Medical and sanitary report of the native army of Bengal for the year
Year: 1878
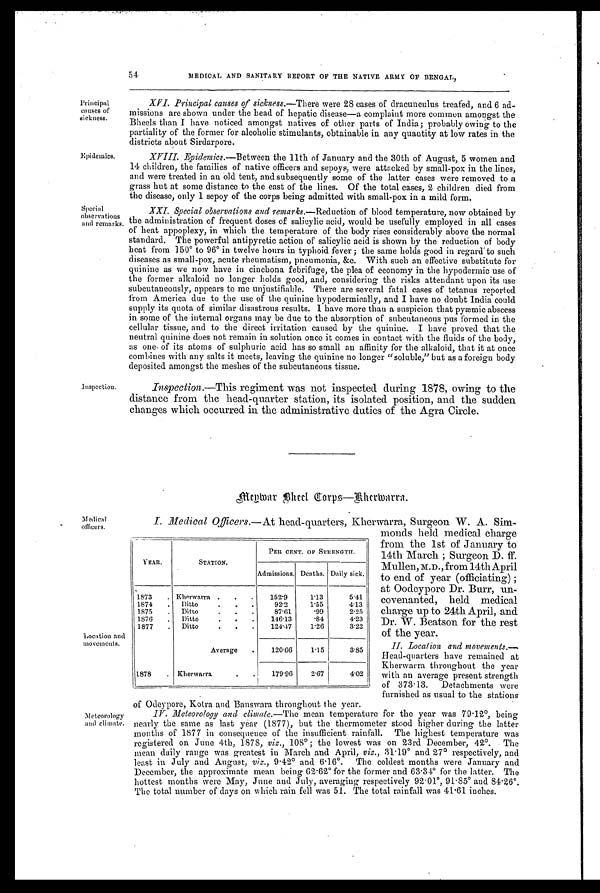
Medical
officers.
Location and
movements.
54
MEDICAL AND SANITARY REPORT OF THE NATIVE ARMY OF BENGAL,
Principal
causes of
sickness.
Epidemics.
Special
observations
and remarks
Inspection.
XV1. Principal causes of sickness.—There were 28 cases of dracunculus treafed, and 6 ad-
missions are shown under the head of hepatic disease—a complaint more common amongst the
Bheels than I have noticed amongst natives of other parts of India; probably owing to the
partiality of the former for alcoholic stimulants, obtainable in any quantity at low rates in the
districts about Sirdarpore.
XVIII. Epidemics. —Between the 11th of January and the 30th of August, 5 women and
14 children, the families of native officers .and sepoys, were attacked by small-pox in the lines,
and were treated in an old tent, and subsequently some of the latter cases were removed to a
grass hut at some distance to the east of the lines. Of the total cases, 2 children died from
the disease, only 1 sepoy of the corps being admitted with small-pox in a mild form.
XXI. Special observations and remarks. —Reduction of blood temperature, now obtained by
the administration of frequent doses of salicylic acid, would be usefully employed in all cases
of heat appoplexy, in which the temperature of the body rises considerably above the normal
standard. The powerful antipyretic action of salicylic acid is shown by the reduction of body
heat from 150° to 96° in twelve hours in typhoid fever ; the same holds good in regard' to such
diseases as small-pox, acute rheumatism, pneumonia, &c. With such an effective substitute for
quinine as we now have in cinchona febrifuge, the plea of economy in the hypodermic use of
the former alkaloid no longer holds good, and, considering the risks attendant upon its use
subcutaneously, appears to me unjustifiable. There are several fatal cases of tetanus reported
from America due to the use of the quinine hypodermically, and I have no doubt India could
supply its quota of similar disastrous results. I have more than a suspicion that pyæmic abscess
in some of the internal organs may be due to the absorption of subcutaneous pus formed in the
cellular tissue, and to the direct irritation caused by the quinine. I have proved that the
neutral quinine does not remain in solution once it comes in contact with the fluids of the body,
as one of its atoms of sulphuric acid has so small an affinity for the alkaloid, that it at once
combines with any salts it meets, leaving the quinine no longer "soluble," but as a foreign body
deposited amongst the meshes of the subcutaneous tissue.
Inspection.—This regiment was not inspected during 1578, owing to the
distance from the head-quarter station, its isolated. position, and the sudden
changes which occurred in the administrative duties of the Agra Circle.
Meywar Sheel Corps.—Kherwarra.
I. Medical Officers. —At head-auarters, Kherwarra, Surgeon W. A. Sim-
YEAR.
STATION.
PER CENT. OF STRENGTH.
Admissions. Deaths. Daily sick.
1873
. Kherwarra .
.
.
152.9
1.13
5.41
1874
.
D i t t o . . .
92.2
1.55
4.13
1875
.
D i t t o . . .
87.61
.99
2.25
1876
.
Ditto
.
.
.
146.13
.84
4.23
1877
.
Ditto
.
.
.
124.47
1.26
3.22
Average
.
120.66
1.15
3.85
1878
. Kherwarra
.
.
179.96
2.67
4.02
monds held. medical charge
from the 1st of January to
14th March ; Surgeon D. ff.
Mullen, M.D., from 14th April
to end of year (officiating) ;
at Oodeypore Dr. Burr, un-
covenanted, held medical
charge up to 24th April, and.
Dr. W. Beatson for the rest
of the year.
II. Location and movements. —
Head-quarters have remained at
Kherwarra throughout the year
with an average present strength
of 373.13. Detachments were
furnished as usual to the stations
Meteorology
and climate.
of Odeypore, Kotra and Banswara throughout the year.
IV. Meteorology and climate. —The mean temperature for the year was 79.12°, being
nearly the same as last year (1877), but the thermometer stood higher during the latter
months of 1877 in consequence of the insufficient rainfall. The highest temperature was
registered on June 4th, 1878, viz., 108º; the lowest was on 23rd December, 42°. The
mean daily range was greatest in March and April, viz., 31.19º and 27° respectively, and
least in July and August, viz ., 9.42° and 6.16°. The coldest months were January and
December, the approximate mean being 62.62° for the former and 63.34° for the latter. The
hottest months were May, June and July, averaging respectively 92.01°, 91.85° and 84.26°.
The total number of days on which rain fell was 51. The total rainfall was 41.61 inches.